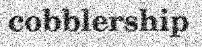
cobblership